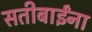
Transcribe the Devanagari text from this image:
सतीबाईंना